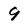
Character: 9